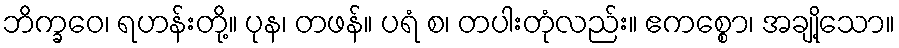
ဘိက္ခဝေ၊ ရဟန်းတို့။ ပုန၊ တဖန်။ ပရံ စ၊ တပါးတုံလည်း။ ဧကစ္စော၊ အချို့သော။